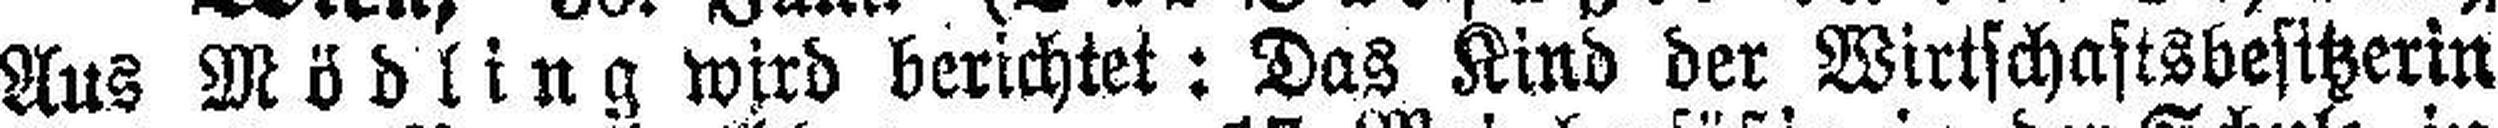
Aus Mödling wird berichtet: Das Kind der Wirtschaftsbesitzerin